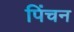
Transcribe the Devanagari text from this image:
पिंचन